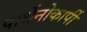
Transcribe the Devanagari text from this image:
पार्थेनोकार्पी